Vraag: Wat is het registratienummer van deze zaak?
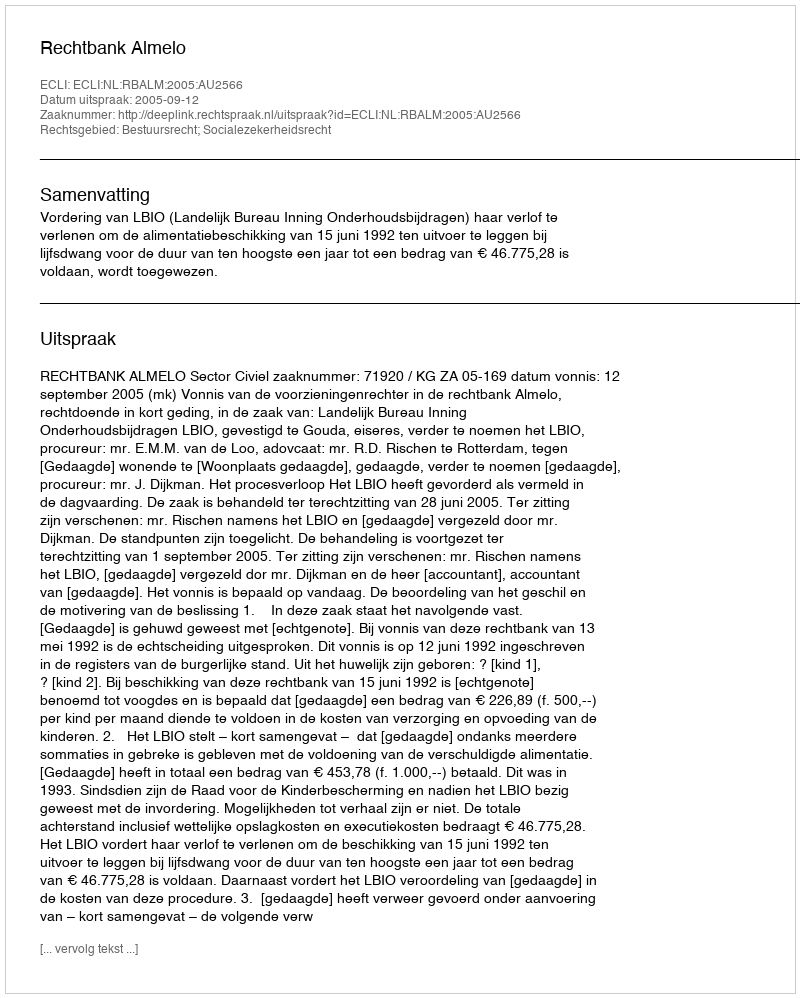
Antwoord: http://deeplink.rechtspraak.nl/uitspraak?id=ECLI:NL:RBALM:2005:AU2566